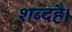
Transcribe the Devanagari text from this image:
शब्दहै।